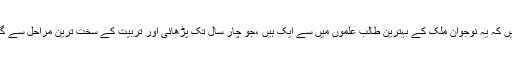
وہ کہتے ہیں کہ یہ نوجوان ملک کے بہترین طالب علموں میں سے ایک ہیں ،جو چار سال تک پڑھائی اور تربیت کے سخت ترین مراحل سے گزرتے ہیں۔